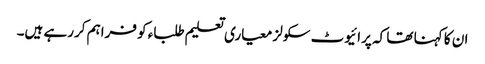
ان کا کہنا تھا کہ پرائیوٹ سکولز معیاری تعلیم طلباء کو فراہم کررہے ہیں۔